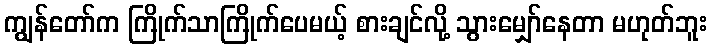
ကျွန်တော်က ကြိုက်သာကြိုက်ပေမယ့် စားချင်လို့ သွားမျှော်နေတာ မဟုတ်ဘူး